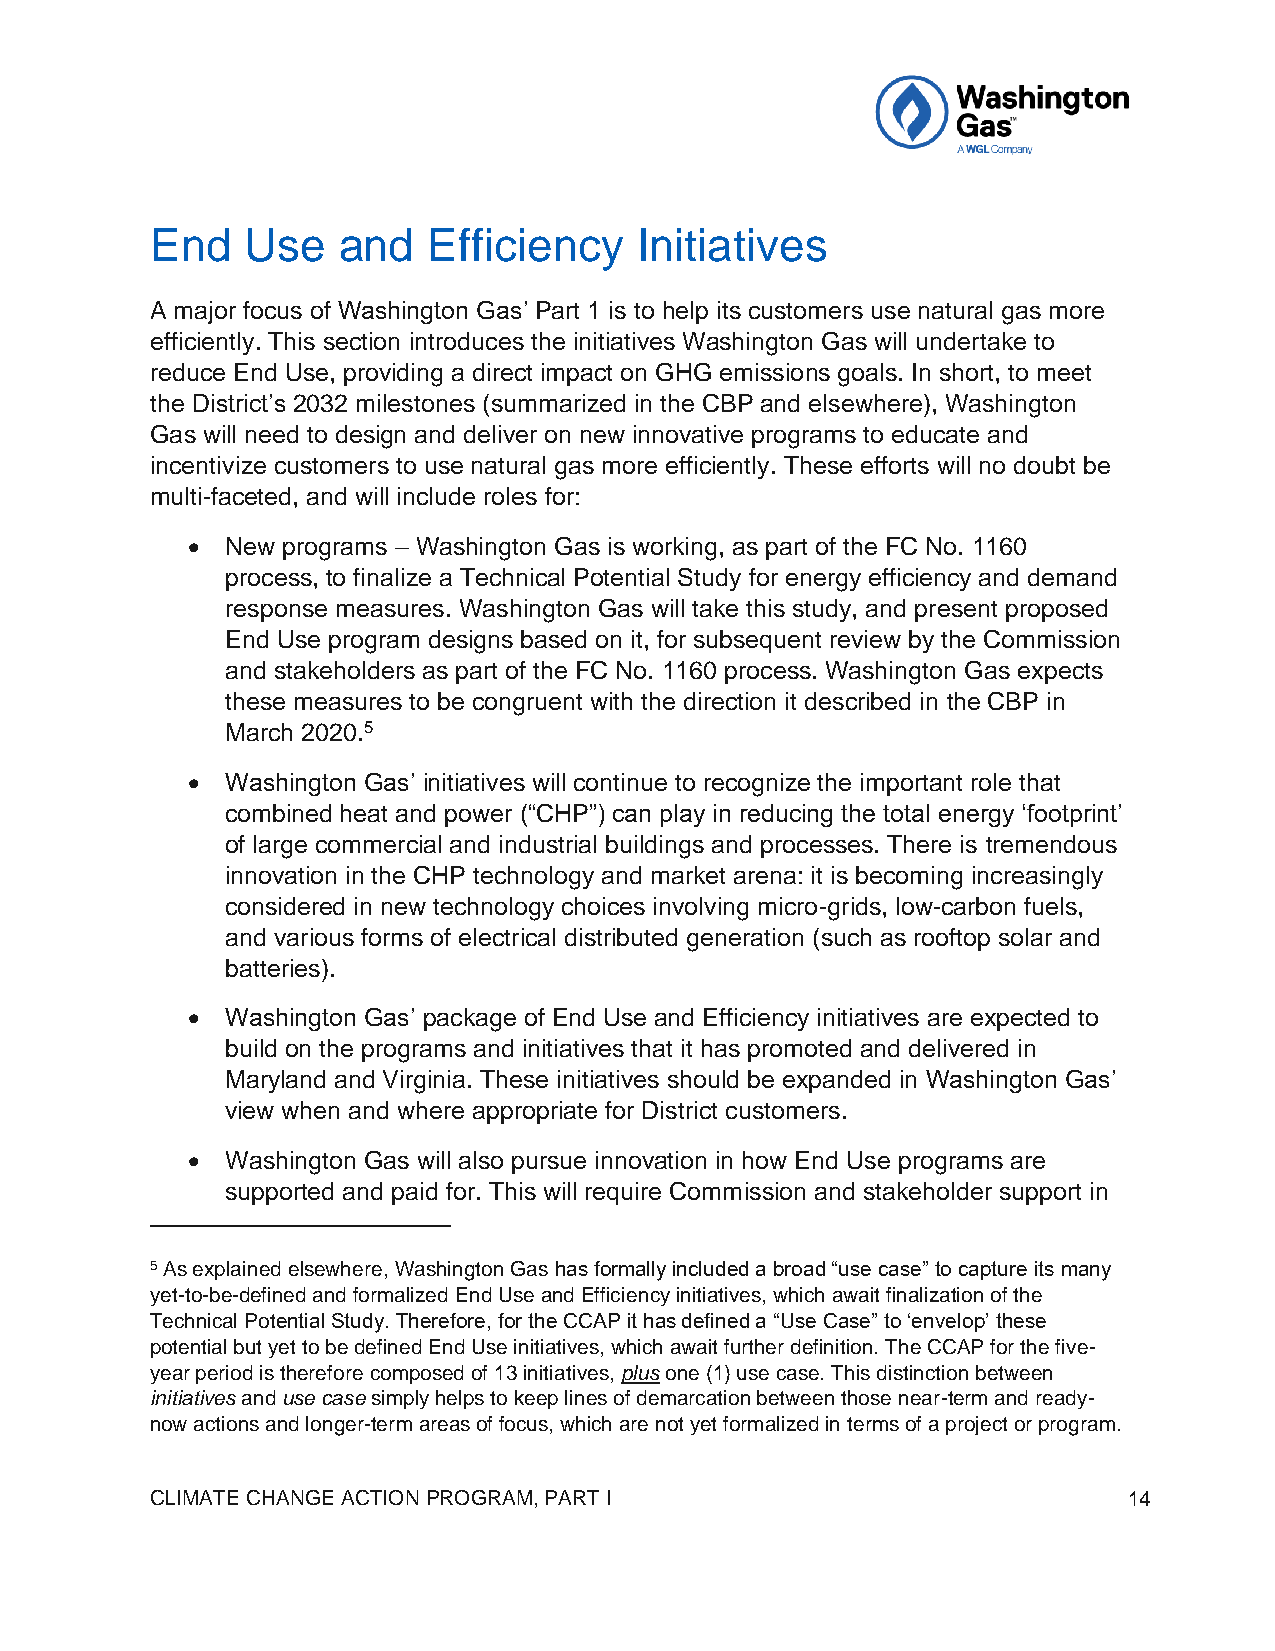
End   Use   and   Efficiency    Initiatives
 A major focus of Washington Gas’ Part 1 is to help its customers use natural gas more
 efficiently. This section introduces the initiatives Washington Gas will undertake to
 reduce End Use, providing a direct impact on GHG emissions goals. In short, to meet
 the District’s 2032 milestones (summarized in the CBP and elsewhere), Washington
 Gas will need to design and deliver on new innovative programs to educate and
 incentivize customers to use natural gas more efficiently. These efforts will no doubt be
 multi-faceted, and will include roles for:
 •  New programs – Washington Gas is working, as part of the FC No. 1160
 process, to finalize a Technical Potential Study for energy efficiency and demand
 response measures. Washington Gas will take this study, and present proposed
 End Use program designs based on it, for subsequent review by the Commission
 and stakeholders as part of the FC No. 1160 process. Washington Gas expects
 these measures to be congruent with the direction it described in the CBP in
 March 2020.5
 •  Washington Gas’ initiatives will continue to recognize the important role that
 combined heat and power (“CHP”) can play in reducing the total energy ‘footprint’
 of large commercial and industrial buildings and processes. There is tremendous
 innovation in the CHP technology and market arena: it is becoming increasingly
 considered in new technology choices involving micro-grids, low-carbon fuels,
 and various forms of electrical distributed generation (such as rooftop solar and
 batteries).
 •  Washington Gas’ package of End Use and Efficiency initiatives are expected to
 build on the programs and initiatives that it has promoted and delivered in
 Maryland and Virginia. These initiatives should be expanded in Washington Gas’
 view when and where appropriate for District customers.
 •  Washington Gas will also pursue innovation in how End Use programs are
 supported and paid for. This will require Commission and stakeholder support in
 5 As explained elsewhere, Washington Gas has formally included a broad “use case” to capture its many
 yet-to-be-defined and formalized End Use and Efficiency initiatives, which await finalization of the
 Technical Potential Study. Therefore, for the CCAP it has defined a “Use Case” to ‘envelop’ these
 potential but yet to be defined End Use initiatives, which await further definition. The CCAP for the five-
 year period is therefore composed of 13 initiatives, plus one (1) use case. This distinction between
 initiatives and use case simply helps to keep lines of demarcation between those near-term and ready-
 now actions and longer-term areas of focus, which are not yet formalized in terms of a project or program.
 CLIMATE CHANGE ACTION PROGRAM, PART I                            14